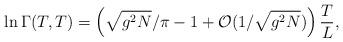
LaTeX: \begin{align*}\ln\Gamma(T,T)=\left(\sqrt{g^2N}/\pi-1+{\cal O}(1/\sqrt{g^2N})\right)\frac{T}{L},\end{align*}